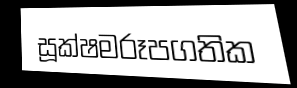
සූක්ෂමරූපගතික